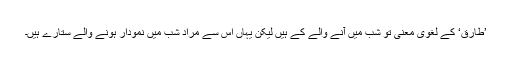
’طَارِقٌ‘ کے لغوی معنی تو شب میں آنے والے کے ہیں لیکن یہاں اس سے مراد شب میں نمودار ہونے والے ستارے ہیں۔